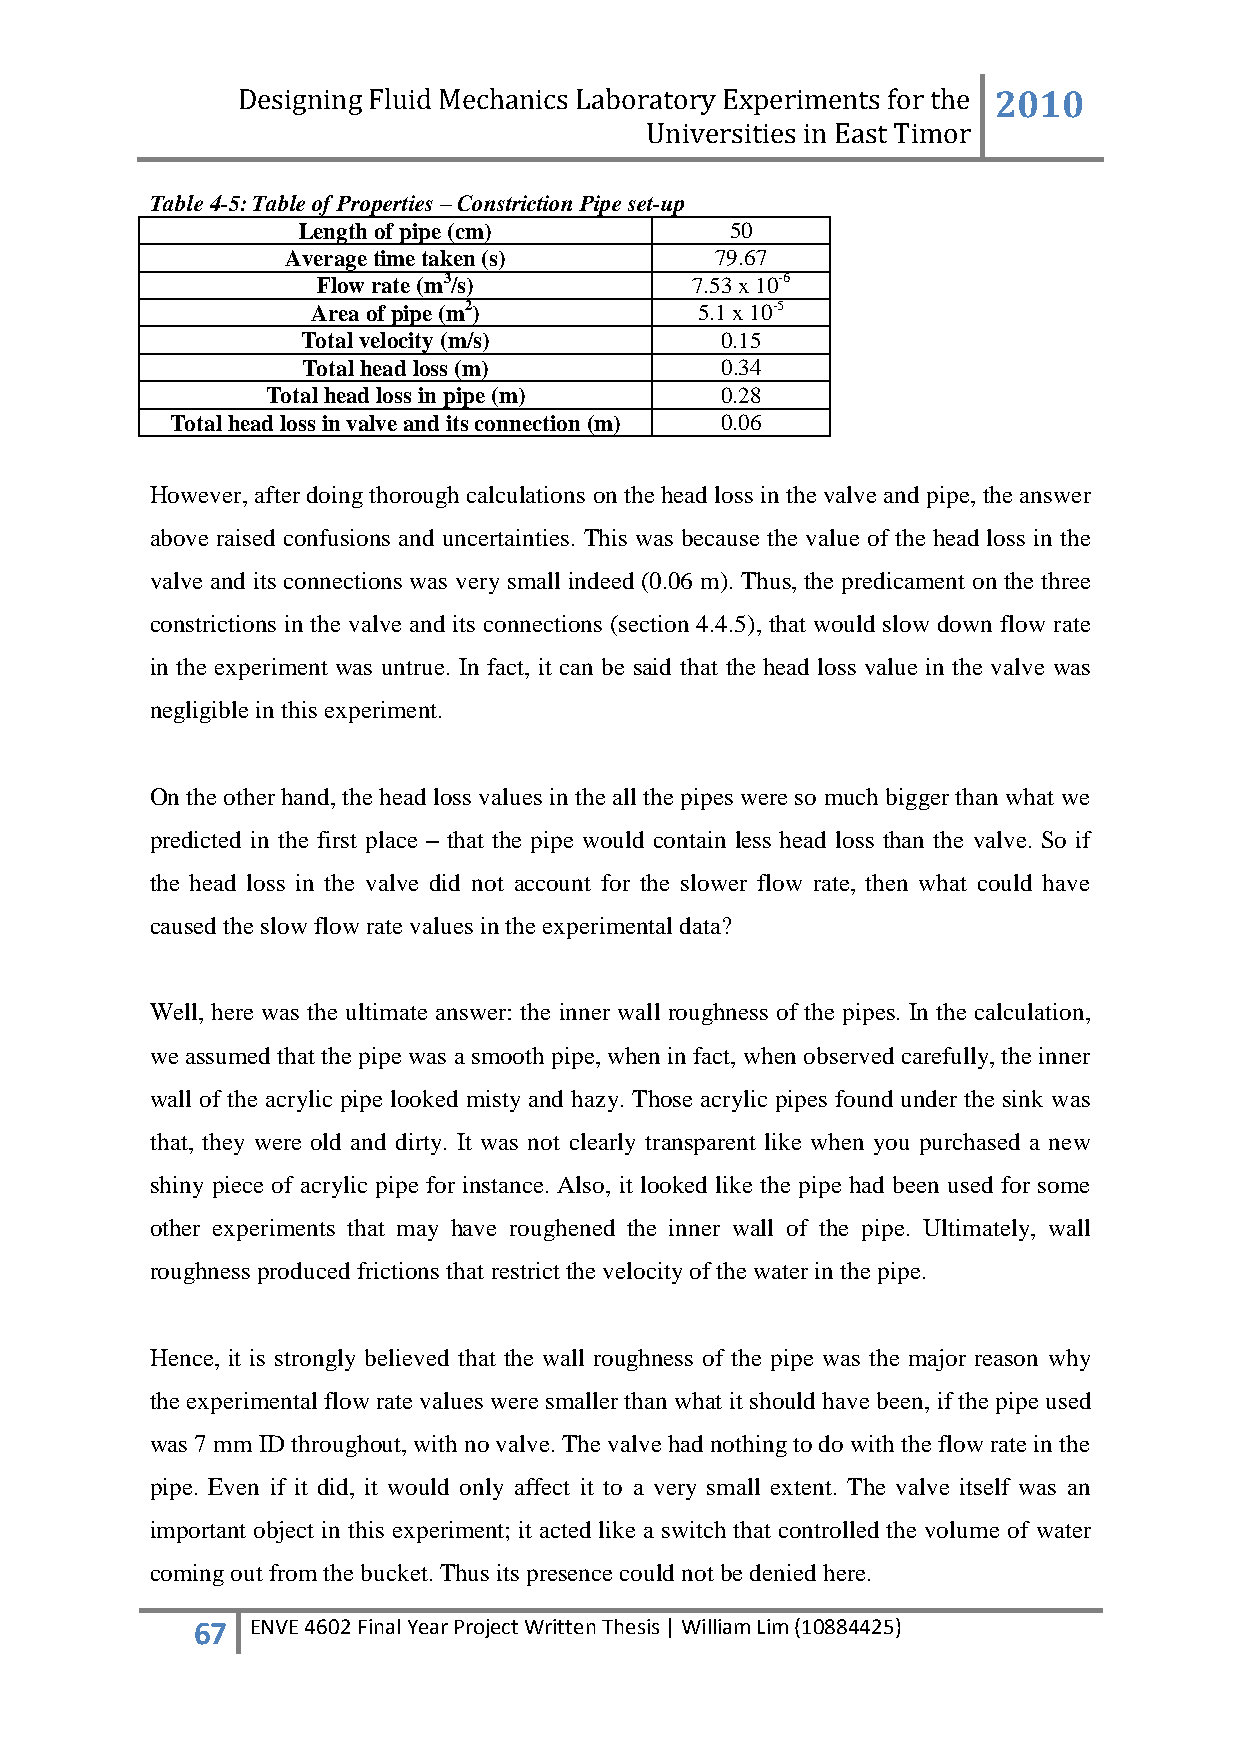
Designing Fluid Mechanics Laboratory Experiments for the 2010
 Universities in East Timor
 Table 4-5: Table of Properties – Constriction Pipe set-up
 Length of pipe (cm)         50
 Average time taken (s)      79.67
 Flow rate (m3/s)         7.53 x 10-6
 Area of pipe (m2)        5.1 x 10-5
 Total velocity (m/s)        0.15
 Total head loss (m)         0.34
 Total head loss in pipe (m)   0.28
 Total head loss in valve and its connection (m) 0.06
 However, after doing thorough calculations on the head loss in the valve and pipe, the answer
 above raised confusions and uncertainties. This was because the value of the head loss in the
 valve and its connections was very small indeed (0.06 m). Thus, the predicament on the three
 constrictions in the valve and its connections (section 4.4.5), that would slow down flow rate
 in the experiment was untrue. In fact, it can be said that the head loss value in the valve was
 negligible in this experiment.
 On the other hand, the head loss values in the all the pipes were so much bigger than what we
 predicted in the first place – that the pipe would contain less head loss than the valve. So if
 the head loss in the valve did not account for the slower flow rate, then what could have
 caused the slow flow rate values in the experimental data?
 Well, here was the ultimate answer: the inner wall roughness of the pipes. In the calculation,
 we assumed that the pipe was a smooth pipe, when in fact, when observed carefully, the inner
 wall of the acrylic pipe looked misty and hazy. Those acrylic pipes found under the sink was
 that, they were old and dirty. It was not clearly transparent like when you purchased a new
 shiny piece of acrylic pipe for instance. Also, it looked like the pipe had been used for some
 other experiments that may have roughened the inner wall of the pipe. Ultimately, wall
 roughness produced frictions that restrict the velocity of the water in the pipe.
 Hence, it is strongly believed that the wall roughness of the pipe was the major reason why
 the experimental flow rate values were smaller than what it should have been, if the pipe used
 was 7 mm ID throughout, with no valve. The valve had nothing to do with the flow rate in the
 pipe. Even if it did, it would only affect it to a very small extent. The valve itself was an
 important object in this experiment; it acted like a switch that controlled the volume of water
 coming out from the bucket. Thus its presence could not be denied here.
 67  ENVE 4602 Final Year Project Written Thesis | William Lim (10884425)